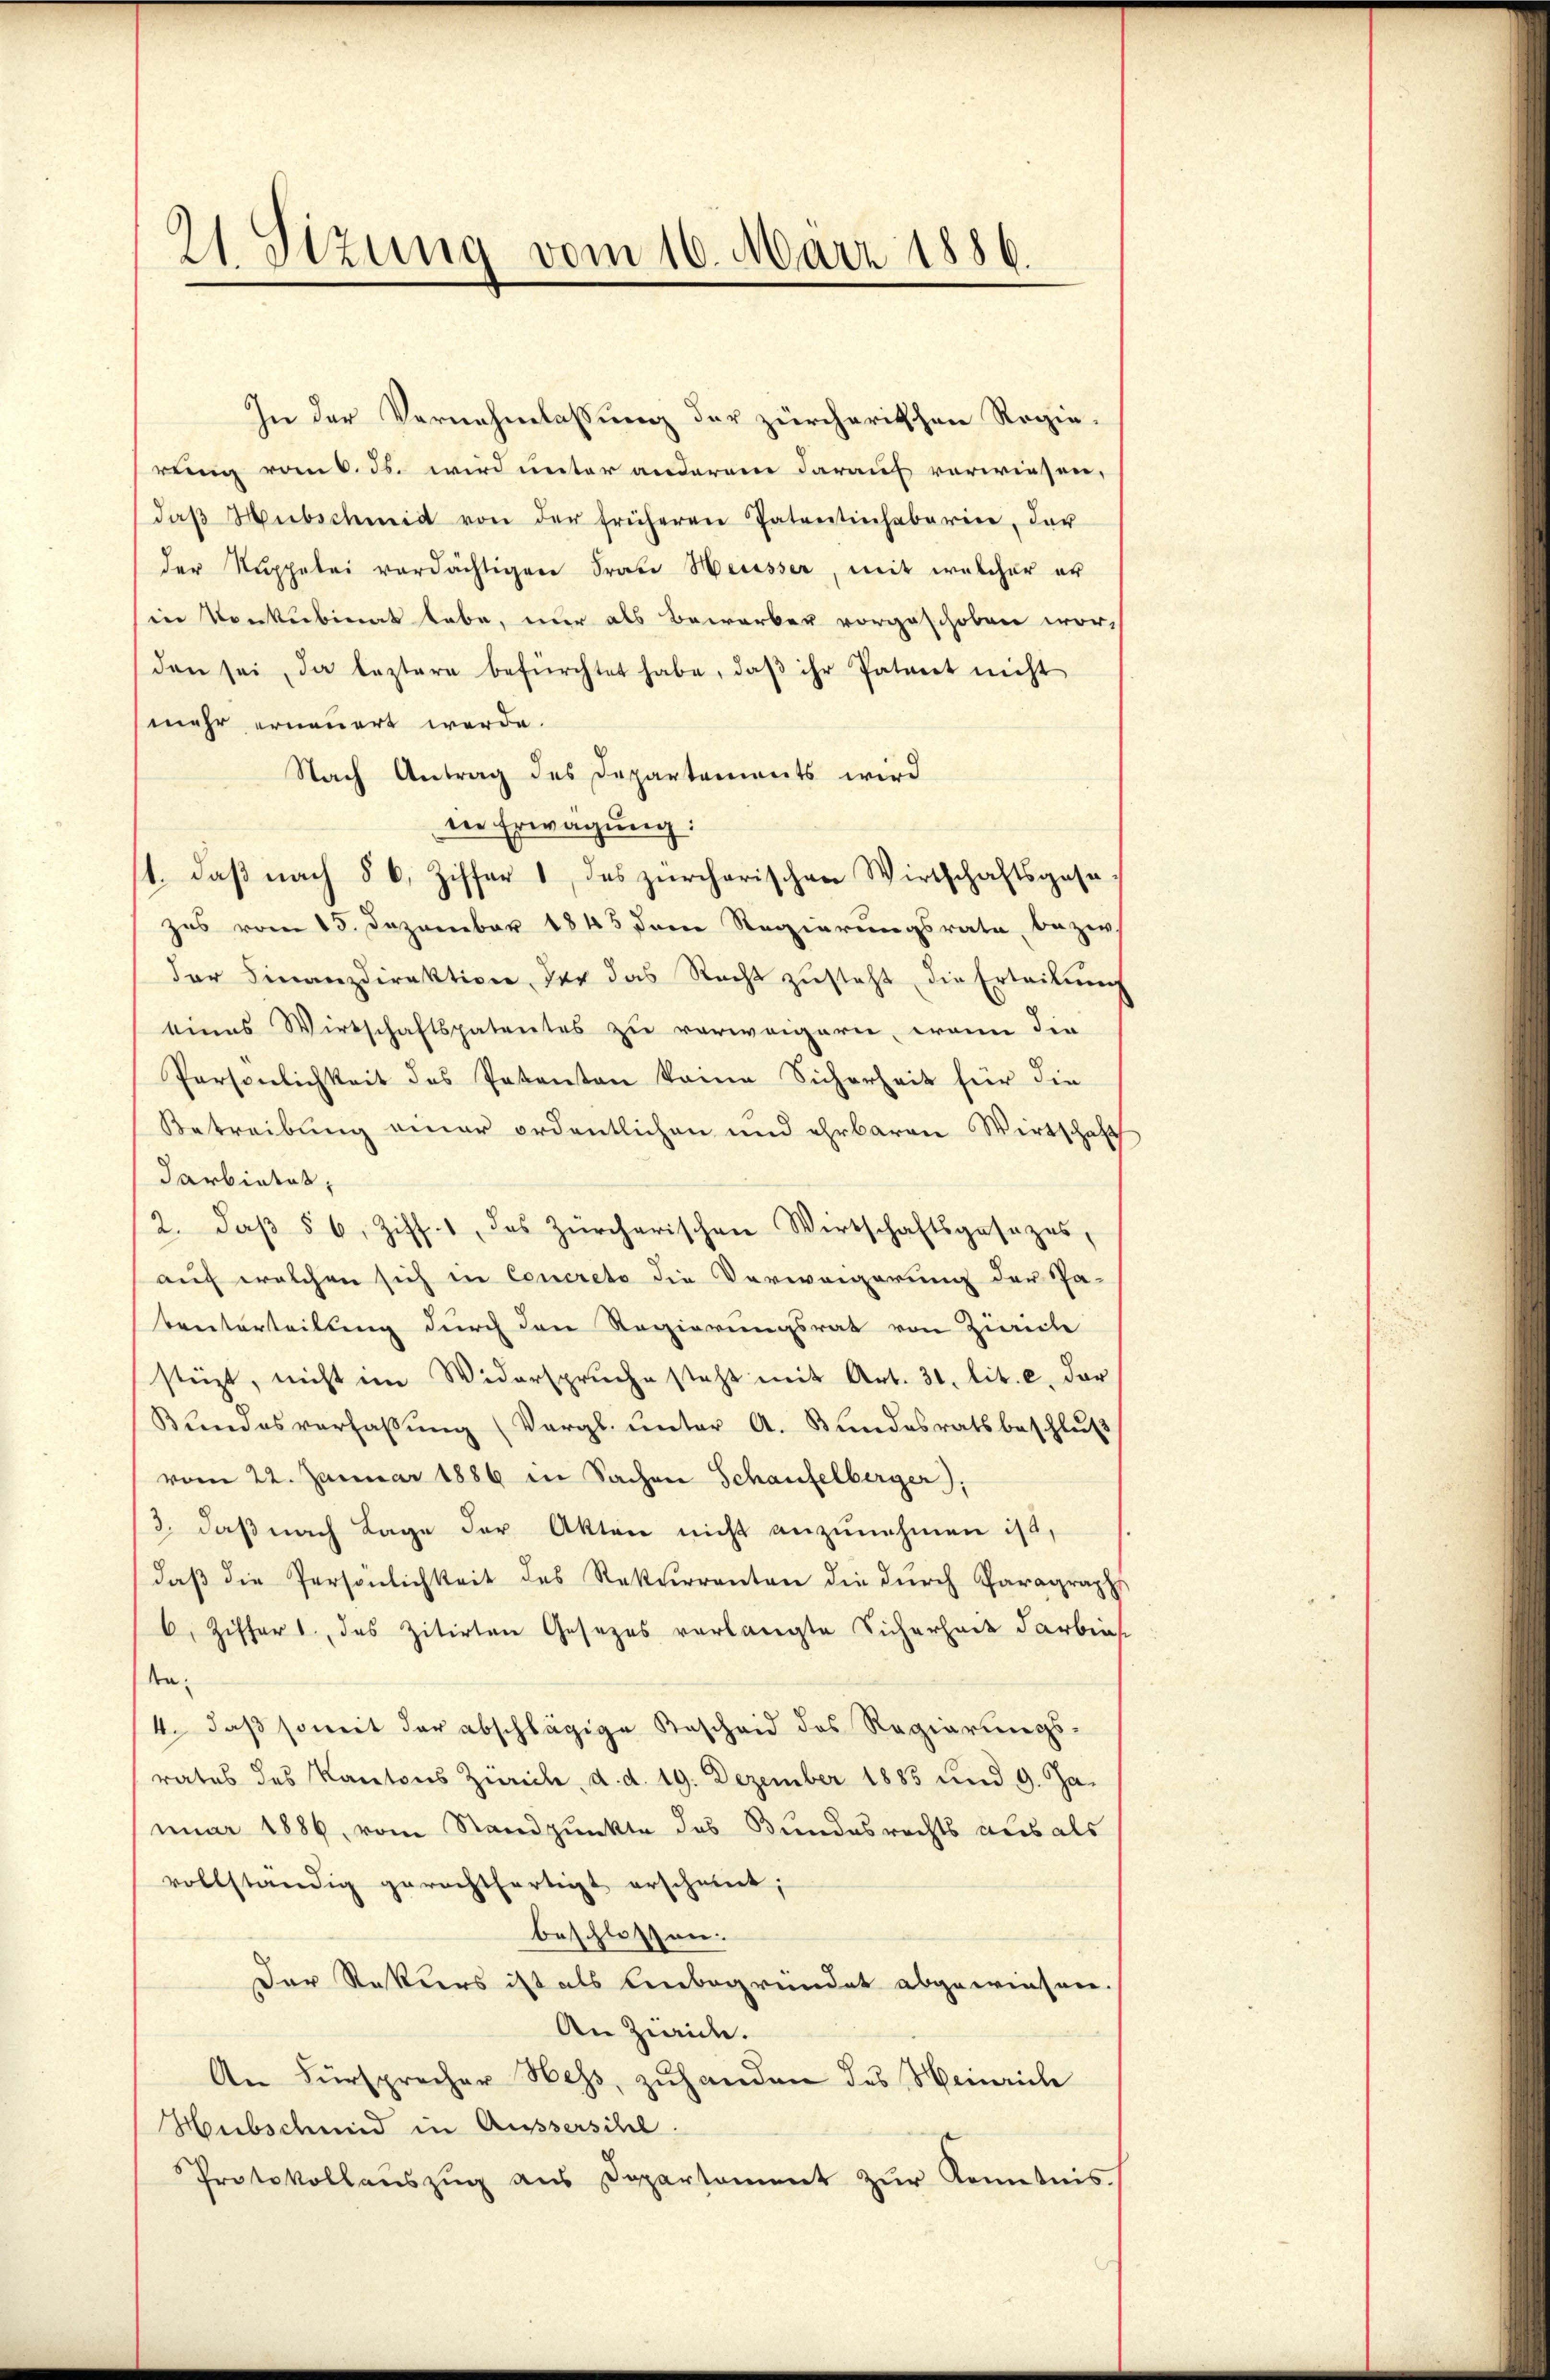
21 Stzung vom 16. März 1886.

In der Vernehmlassung der zürcharitschen Regie-
rung vom 6. ds. wird unter anderen darauf vorwiesen,
daβ Hübschmid von der früheren Patentinhaberin, der
der Kuppelei verdächtigen Frau Heusser, mit welcher er
in Konkubinat habe, nur als Bewerber vorgeschoben wor-
den sei, da leztere befürchtet habe, daβ ihr Patiert nicht
mehr erneuert werde.
Nach Antrag des Departements wird
in Erwägung:
11. daß nach § 6, Ziffer 1, das zürcherischen Wirtschaftsgesezes vom 15. Dezember 1845 drei Regierungsrate, bezw.
der Finanzdirektion der das Recht zŭsteht die Erteilŭng
eines Wirtschaftspatentes zu verweigern, wenn die
Persönlichkeit des Petenten keine Sicherheit für die
Betreibung einer ordentlichen und ehrbaren Wirtschaft
darbietet,
2. daβ § 6, Ziff. 1, das Zürcherischen Wirtschaftsgesezes,
auf welchen sich in Concreto die Verweigerung der Pa-
benterteilung durch den Regierungsrat von Zürich
stüzt, nicht im Widerspruche steht mit Art. 31. lit. c. dar
Bŭndesverhaβŭng (Vergl. unter A. Bŭndesratsbeschlŭβ
vom 22. Januar 1886 in Sachen Schaufelberger),
3. daß nach Lage der Akten nicht anzunehmen ist,
daβ die Persönlichkeit des Rekurrenten die dŭrch Paragraphe
6 Ziffert, das zitirten Gesetzes verlangte Sicherhode darbie
tta¬
4., daß somit der abschlägige Bescheid des Regierungs-
rates des Kantons Zürich, d. d. 19. Dezember 1885 und 9. Ja-
nuar 1886, vom Standpunkte des Bundesrechts aus als
vollständig gerechtfertigt erscheint;
beschlossen.
Der Rekurs ist als Unbegründet abgewiesen.
An Zweide.
An Fürsprecher Hess, zuhanden des Heinriche
Hubschmid in Aussersihl.
Protokollauszug aus Departament zur Kenntnis